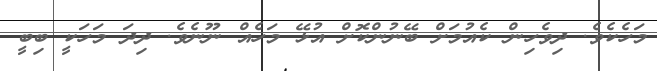
މަހެކެވެ. ދިވެހިން ކެއުމަށް ބޭނުންކޮށް އުޅޭ މަހެއް ނޫނެވެ. ދިދަ މަހަކީ ބިބީ